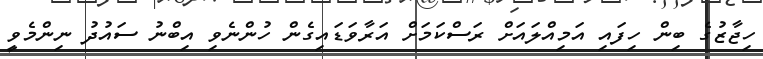
ހިޖާޒުގެ ބިން ހިފައި އަމިއްލައަށް ރަސްކަމަށް އަރާވަޑައިގެން ހުންނެވި އިބްނު ސައުދު ނިންމެވީ